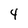
Character: 4